Civil Veterinary Department. Madras. Admin. report 1926-33 - 1926-1933
Year: 1926
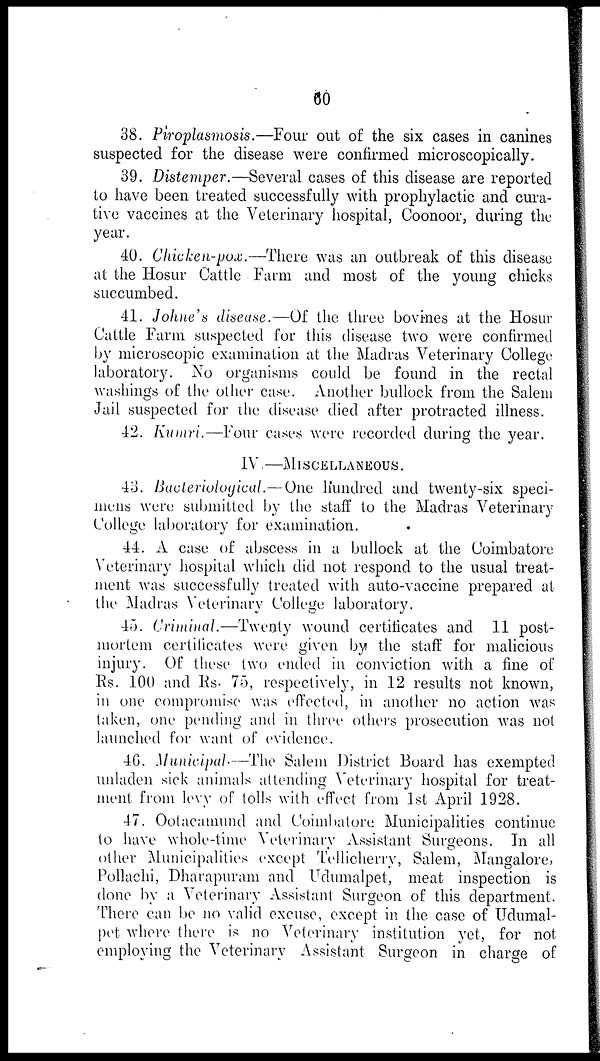
60
38. Piroplasmosis.—Four out of the six cases in canines
suspected for the disease were confirmed microscopically.
39. Distemper.—Several cases of this disease are reported
to have been treated successfully with prophylactic and cura-
tive vaccines at the Veterinary hospital, Coonoor, during the
year.
40. Chicken-pox.—There was an outbreak of this disease
at the Hosur Cattle Farm and most of the young chicks
succumbed.
41. Johne's disease.—Of the three bovines at the Hosur
Cattle Farm suspected for this disease two were confirmed
by microscopic examination at the Madras Veterinary College
laboratory. No organisms could be found in the rectal
washings of the other case. Another bullock from the Salem
Jail suspected for the disease died after protracted illness.
42. Kumri.—Four cases were recorded during the year.
IV.—MISCELLANEOUS.
43. Bacteriological.—One hundred and twenty-six speci-
mens were submitted by the staff to the Madras Veterinary
College laboratory for examination.
44. A case of abscess in a bullock at the Coimbatore
Veterinary hospital which did not respond to the usual treat-
ment was successfully treated with auto-vaccine prepared at
the Madras Veterinary College laboratory.
45. Criminal.—Twenty wound certificates and 11 post-
mortem certificates were given by the staff for malicious
injury. Of these two ended in conviction with a fine of
Rs. 100 and Rs. 75, respectively, in 12 results not known,
in one compromise was effected, in another no action was
taken, one pending and in three others prosecution was not
launched for want of evidence.
46. Municipal.—The Salem District Board has exempted
unladen sick animals attending Veterinary hospital for treat-
ment from levy of tolls with effect from 1st April 1928.
47. Ootacamund and Coimbatore Municipalities continue
to have whole-time Veterinary Assistant Surgeons. In all
other Municipalities except Tellicherry, Salem, Mangalore,
Pollachi, Dharapuram and Udumalpet, meat inspection is
done by a Veterinary Assistant Surgeon of this department.
There can be no valid excuse, except in the case of Udumal-
pet where there is no Veterinary institution yet, for not
employing the Veterinary Assistant Surgeon in charge of